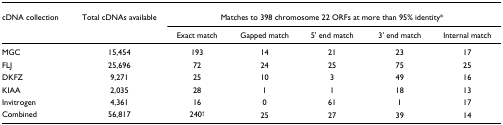
<table><thead><tr><td><b>cDNA collection</b></td><td><b>Total cDNAs available</b></td><td colspan="5"><b>Matches to 398 chromosome 22 ORFs at more than 95% identity*</b></td></tr><tr><td></td><td></td><td><b>Exact match</b></td><td><b>Gapped match</b></td><td><b>5&#x27; end match</b></td><td><b>3&#x27; end match</b></td><td><b>Internal match</b></td></tr></thead><tbody><tr><td>MGC</td><td>15,454</td><td>193</td><td>14</td><td>21</td><td>23</td><td>17</td></tr><tr><td>FLJ</td><td>25,696</td><td>72</td><td>24</td><td>25</td><td>75</td><td>25</td></tr><tr><td>DKFZ</td><td>9,271</td><td>25</td><td>10</td><td>3</td><td>49</td><td>16</td></tr><tr><td>KIAA</td><td>2,035</td><td>28</td><td>1</td><td>1</td><td>18</td><td>13</td></tr><tr><td>Invitrogen</td><td>4,361</td><td>16</td><td>0</td><td>61</td><td>1</td><td>17</td></tr><tr><td>Combined</td><td>56,817</td><td>240<sup>†</sup></td><td>25</td><td>27</td><td>39</td><td>14</td></tr></tbody></table>